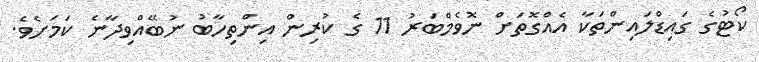
ކޯޓުގެ ގައިޑްލައިންތަކާ އެއްގޮތަށް ނޮވެމްބަރު 11 ގެ ކުރިން އިންތިހާބު ނުބޭއްވިދާނެ ކަމަށެވެ.